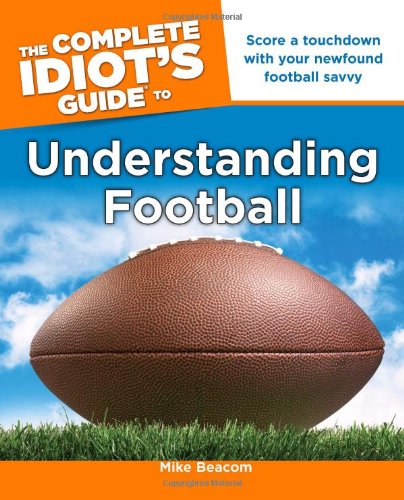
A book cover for The Complete Idiot's Guide to Understanding Football (Idiot's Guides); Mike Beacom; Sports & Outdoors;